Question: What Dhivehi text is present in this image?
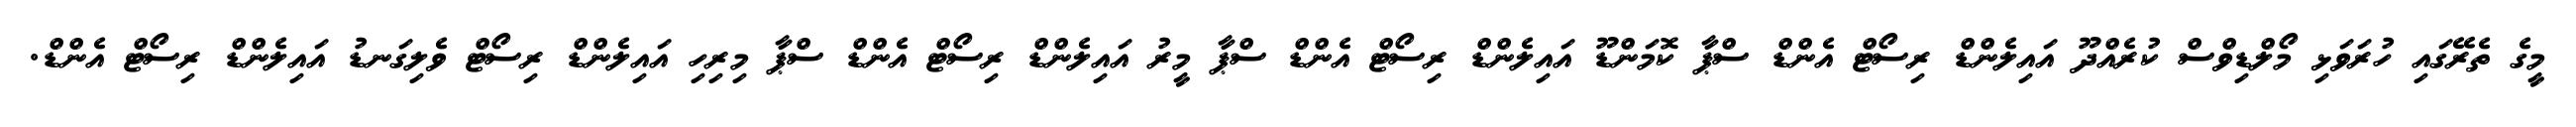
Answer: މީގެ ތެރޭގައި ހުރަވަޅި މޯލްޑިވްސް ކުރެއްދޫ އައިލެންޑް ރިސޯޓް އެންޑް ސްޕާ ކޮމަންޑޫ އައިލެންޑް ރިސޯޓް އެންޑް ސްޕާ މީރު އައިލެންޑް ރިސޯޓް އެންޑް ސްޕާ މިރިހި އައިލެންޑް ރިސޯޓް ވެލިގަނޑު އައިލެންޑް ރިސޯޓް އެންޑް.